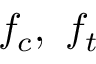
f _ { c } , \ f _ { t }